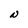
Character: N